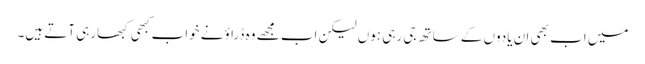
میں اب بھی ان یادوں کے ساتھ جی رہی ہوں لیکن اب مجھے وہ ڈراؤنے خواب کبھی کبھارہی آتے ہیں۔